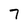
Character: 7